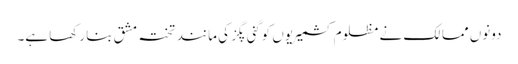
دونوں ممالک نے مظلوم کشمیریوں کو گنی پگز کی مانند تختہ مشق بنا رکھا ہے۔